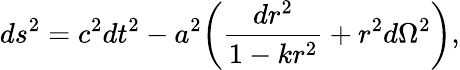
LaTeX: ds^{2}=c^{2}dt^{2}-a^{2}\biggl(\frac{dr^{2}}{1-kr^{2}}+r^{2}d\Omega^{2}\biggr),